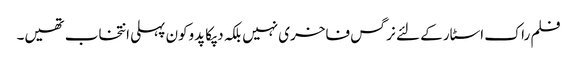
فلم راک اسٹار کے لئے نرگس فاخری نہیں بلکہ دپکا پدوکون پہلی انتخاب تھیں۔